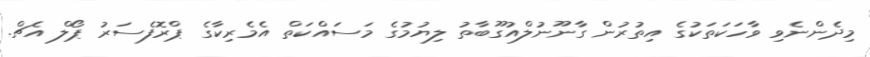
މިދެންނެވި ވާހަކަތަކުގެ އިތުރުން ގާނޫނުލްއުގޫބާތު ލިޔުމުގެ މަސައްކަތް އެމެރިކާގެ ޕްރޮފެސަރު ޕޯލް އެޗް.